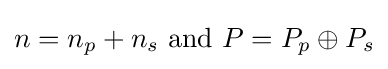
n=n_{p}+n_{s}{\text{ and }}P=P_{p}\oplus P_{s}